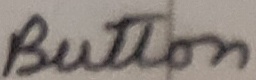
Text: Button